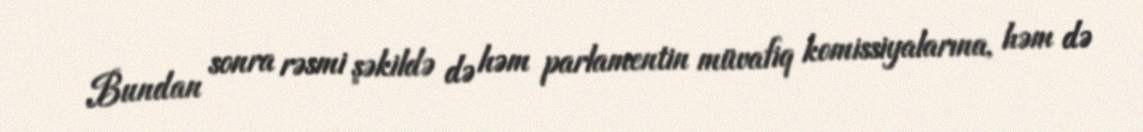
Bundan sonra rəsmi şəkildə də həm parlamentin müvafiq komissiyalarına, həm də